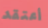
أعتقد